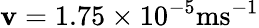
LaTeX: \mathbf{v}=1.75\times10^{-5}\mathrm{{ms^{-1}}}